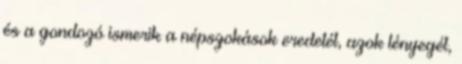
és a gondozó ismerik a népszokások eredetét, azok lényegét,